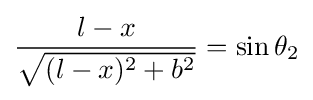
{\frac {l-x}{\sqrt {(l-x)^{2}+b^{2}}}}=\sin \theta _{2}